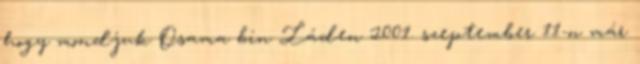
hogy mondjuk Osama bin Láden 2001. szeptember 11-n már